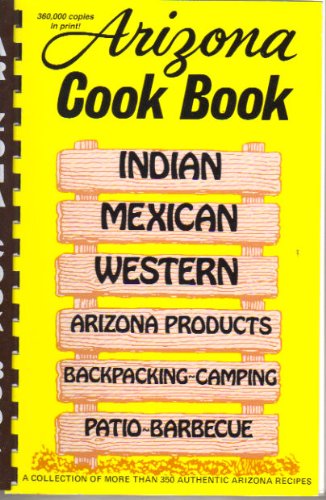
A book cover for Arizona Cook Book; Al Fischer; Cookbooks, Food & Wine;